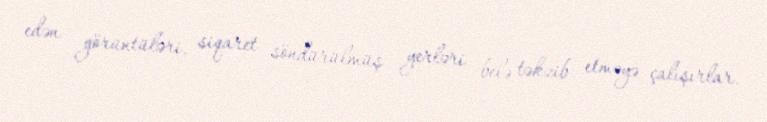
edən görüntüləri, siqaret söndürülmüş yerləri belə təkzib etməyə çalışırlar.